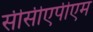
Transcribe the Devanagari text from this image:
सीसीएपीएम